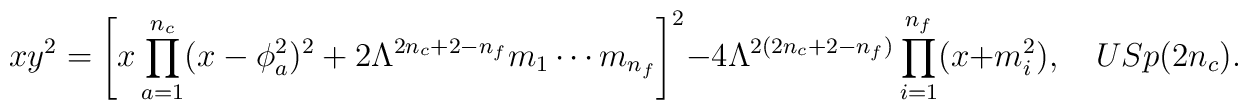
x y^{2} = \left[ x \prod_{a=1}^{n_{c}} (x-\phi_{a}^{2})^{2}      + 2 \Lambda^{2n_{c}+2-n_{f}} m_{1} \cdots m_{n_{f}} \right]^{2}    - 4 \Lambda^{2(2n_{c}+2-n_{f})} \prod_{i=1}^{n_{f}}(x+m_{i}^{2}),    \quad USp(2 n_c).